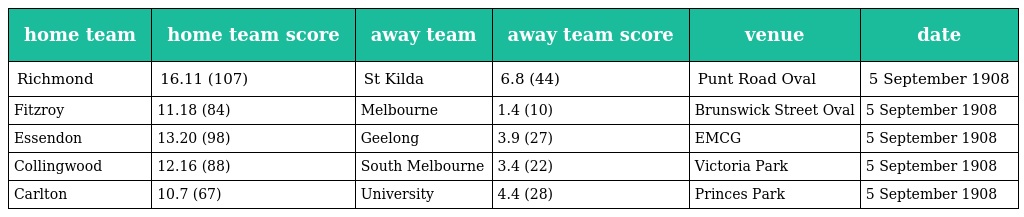
| home team | home team score | away team | away team score | venue | date |
 | --- | --- | --- | --- | --- | --- |
 | Richmond | 16.11 (107) | St Kilda | 6.8 (44) | Punt Road Oval | 5 September 1908 |
 | Fitzroy | 11.18 (84) | Melbourne | 1.4 (10) | Brunswick Street Oval | 5 September 1908 |
 | Essendon | 13.20 (98) | Geelong | 3.9 (27) | EMCG | 5 September 1908 |
 | Collingwood | 12.16 (88) | South Melbourne | 3.4 (22) | Victoria Park | 5 September 1908 |
 | Carlton | 10.7 (67) | University | 4.4 (28) | Princes Park | 5 September 1908 |